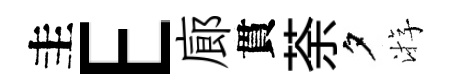
圭E廊貫荼夕㳺